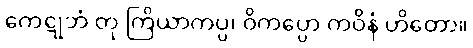
ကေဋုဘံ တု ကြိယာကပ္ပ၊ ဝိကပ္ပော ကဝိနံ ဟိတော။